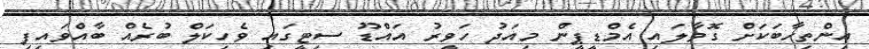
އިންތިހާބަކަށް ގޮވާލައި އެމްޑީޕީން މިއަދު ހަވީރު އައްޑޫ ސިޓީގައި ވެހިކަލް ބުރެއް ބާއްވައިފި